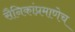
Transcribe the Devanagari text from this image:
सैनिकांप्रमाणेच